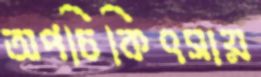
অপচিকিৎসায়